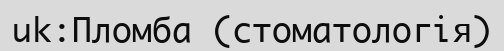
uk:Пломба (стоматологія)